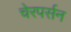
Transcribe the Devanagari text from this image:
चेरपर्सन